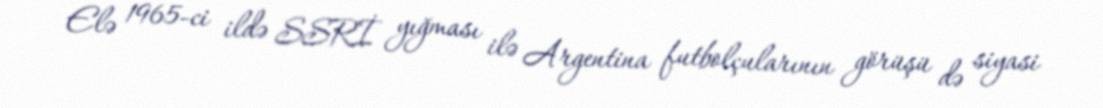
Elə 1965-ci ildə SSRİ yığması ilə Argentina futbolçularının görüşü də siyasi